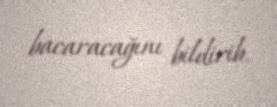
bacaracağını bildirib.